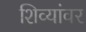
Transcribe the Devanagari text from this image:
शिव्यांवर